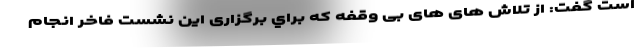
است گفت: از تلاش های های بی وقفه که براي برگزاری این نشست فاخر انجام